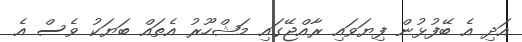
އަދި އެ ބޭފުޅުން ފިޔަވައި ރާއްޖޭގައި މަޝްހޫރު އެތައް ބަޔަކު ވެސް އެ